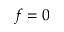
f = 0